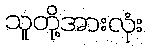
သူတို့အားလုံး